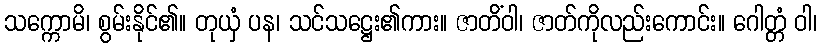
သက္ကောမိ၊ စွမ်းနိုင်၏။ တုယှံ ပန၊ သင်သဋ္ဌေး၏ကား။ ဇာတိံဝါ၊ ဇာတ်ကိုလည်းကောင်း။ ဂေါတ္တံ ဝါ၊